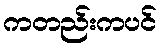
ကတည်းကပင်